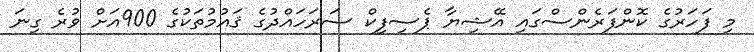
މި ފަހަރުގެ ކޮންފަރެންސްގައި އޭޝިޔާ ޕެސިފިކް ސަރަހައްދުގެ ޤައުމުތަކުގެ 900އަށް ވުރެ ގިނަ